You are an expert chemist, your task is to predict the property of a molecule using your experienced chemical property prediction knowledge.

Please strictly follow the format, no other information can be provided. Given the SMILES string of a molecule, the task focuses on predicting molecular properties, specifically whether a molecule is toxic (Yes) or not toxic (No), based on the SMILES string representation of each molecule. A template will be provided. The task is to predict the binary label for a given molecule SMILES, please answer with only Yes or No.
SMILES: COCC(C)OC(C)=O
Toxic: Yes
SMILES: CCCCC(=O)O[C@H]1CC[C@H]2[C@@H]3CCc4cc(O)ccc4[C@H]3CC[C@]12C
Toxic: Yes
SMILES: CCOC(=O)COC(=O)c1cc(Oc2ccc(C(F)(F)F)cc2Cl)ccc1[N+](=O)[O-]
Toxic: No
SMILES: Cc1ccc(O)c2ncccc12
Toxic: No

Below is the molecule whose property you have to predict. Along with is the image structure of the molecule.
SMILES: C[C@@H]1OC(=O)C[C@H](O)C[C@H](O)C[C@H](O)CC[C@@H](O)[C@H](O)C[C@]2(O)C[C@H](O)[C@@H](C(=O)O)C(C[C@@H](O[C@H]3O[C@@H](C)[C@H](O)[C@@H](N)[C@H]3O)C=CC=CC=CC=CCCC=CC=C[C@H](C)[C@@H](O)[C@H]1C)O2
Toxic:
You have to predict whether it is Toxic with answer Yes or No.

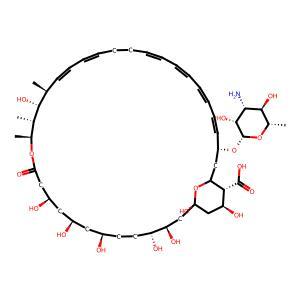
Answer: No